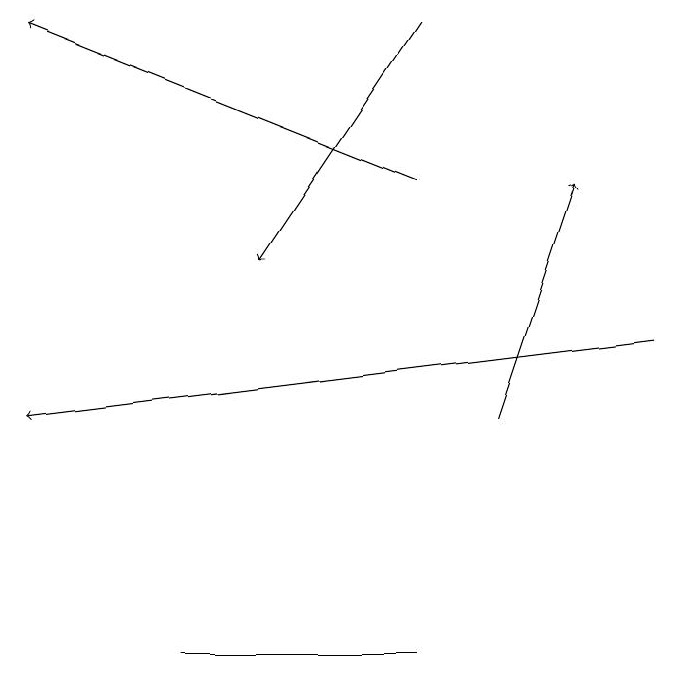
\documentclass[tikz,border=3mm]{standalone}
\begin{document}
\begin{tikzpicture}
\draw[->] (6,16) -- (1,18);
\draw[->] (9,14) -- (1,13);
\draw[->] (7,13) -- (8,16);
\draw (6,10) rectangle (3,10);
\draw[->] (6,18) -- (4,15);
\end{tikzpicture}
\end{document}